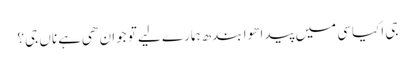
جی اکیاسی میں پیدا هوا بندھ ہمارے لیے تو جوان هی ہے ناں جی؟